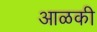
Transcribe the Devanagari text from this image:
आळकी